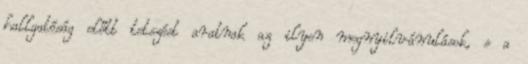
hallgatóság előtt tetszést aratnak az ilyen megnyilvánulások, s a